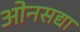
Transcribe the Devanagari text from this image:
ओनसद्या